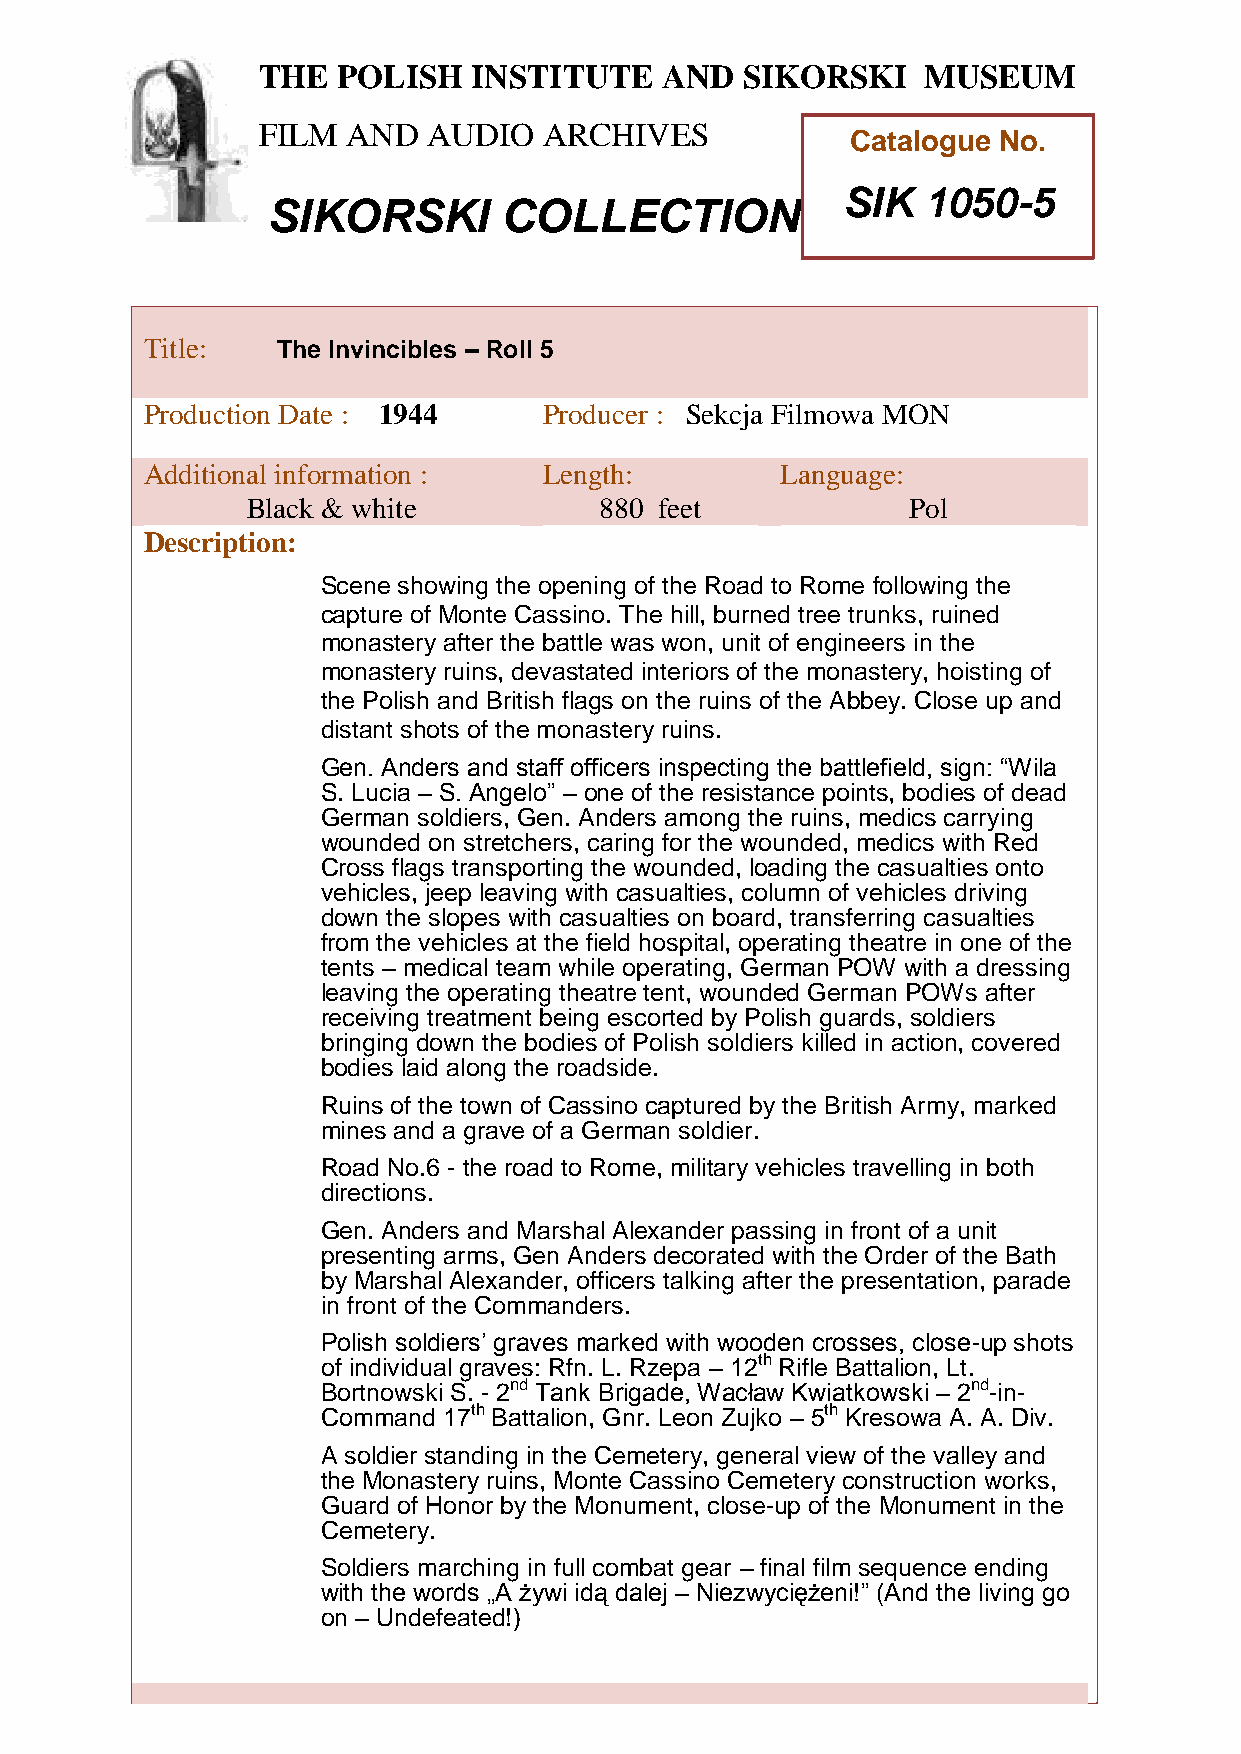
THE  POLISH   INSTITUTE    AND  SIKORSKI    MUSEUM
 FILM  AND  AUDIO   ARCHIVES
 Catalogue No.
 SIK  1050-5
 SIKORSKI       COLLECTION
 TTitle:     The Invincibles – Roll 5
 h
 Peroduction Date : 1944    Producer : Sekcja Filmowa MON
 AddiPtional information :  Length:         Language:
 oBlack & white           880 feet            Pol
 l
 Descriptioni
 :
 s
 Scene showing the opening of the Road to Rome following the
 h
 ca pture of Monte Cassino. The hill, burned tree trunks, ruined
 I
 monastery after the battle was won, unit of engineers in the
 monanstery ruins, devastated interiors of the monastery, hoisting of
 the Polissh and British flags on the ruins of the Abbey. Close up and
 t
 distant shotis of the monastery ruins.
 t
 Gen. Anders and staff officers inspecting the battlefield, sign: “Wila
 u
 S. Lucia – S. Antgelo” – one of the resistance points, bodies of dead
 German soldiers, Gen. Anders among the ruins, medics carrying
 e
 wounded on stretche rs, caring for the wounded, medics with Red
 Cross flags transporting the wounded, loading the casualties onto
 a
 vehicles, jeep leaving with casualties, column of vehicles driving
 down the slopes with casnualties on board, transferring casualties
 from the vehicles at the field hospital, operating theatre in one of the
 d
 tents – medical team while op erating, German POW with a dressing
 leaving the operating theatre tent, wounded German POWs after
 S
 receiving treatment being escortedi by Polish guards, soldiers
 bringing down the bodies of Polish soldiers killed in action, covered
 k
 bodies laid along the roadside.
 o
 Ruins of the town of Cassino captured byr the British Army, marked
 mines and a grave of a German soldier.
 s
 Road No.6 - the road to Rome, military vehickles travelling in both
 i
 directions.
 Gen. Anders and Marshal Alexander passing in front of a unit
 presenting arms, Gen Anders decorated with the MOrder of the Bath
 by Marshal Alexander, officers talking after the presenutation, parade
 in front of the Commanders.
 s
 Polish soldiers’ graves marked with wooden crosses, closee-up shots
 of individual graves: Rfn. L. Rzepa – 12th Rifle Battalion, Lt.
 Bortnowski S. - 2nd Tank Brigade, Wacław Kwiatkowski – 2nd-u in-
 Command 17th Battalion, Gnr. Leon Zujko – 5th Kresowa A. A. Div.
 m
 A soldier standing in the Cemetery, general view of the valley and
 the Monastery ruins, Monte Cassino Cemetery construction works,
 Guard of Honor by the Monument, close-up of the Monument in the
 Cemetery.
 Soldiers marching in full combat gear – final film sequence ending
 with the words „A żywi idą dalej – Niezwyciężeni!” (And the living go
 on – Undefeated!)